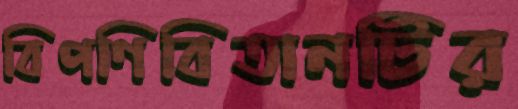
বিপণিবিতানটির